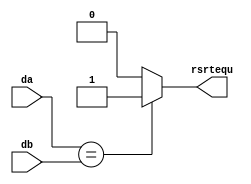
`timescale 1ns / 1ps
//////////////////////////////////////////////////////////////////////////////////
// Company: 
// Engineer: 
// 
// Design Name: 
// Module Name: ID_rsrtequCheck
// Project Name: 
// Target Devices: 
// Tool Versions: 
// Description: 
// 
// Dependencies: 
// 
// Revision:
// Revision 0.01 - File Created
// Additional Comments:
// 
//////////////////////////////////////////////////////////////////////////////////


module ID_rsrtequCheck(
    input [31:0] da,
    input [31:0] db,
    output reg rsrtequ
    );
    
    always @ (*)
        begin
            if (da == db)
                rsrtequ <= 1;
            else
                rsrtequ <= 0;
        end
endmodule